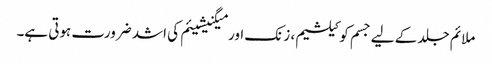
ملائم جلد کے لیے جسم کو کیلشیم، زنک اور میگنیشیئم کی اشد ضرورت ہوتی ہے۔